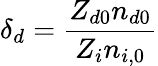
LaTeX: \delta_{d}=\frac{Z_{d0}n_{d0}}{Z_{i}n_{i,0}}